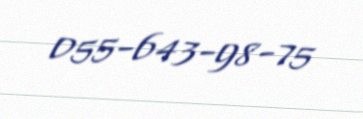
055-643-98-75